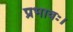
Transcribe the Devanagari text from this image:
प्रभावः।